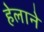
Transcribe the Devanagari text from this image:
हेलाने